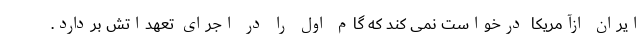
ایران ازآمریکا درخواست نمی کند که گام اول را در اجرای تعهداتش بردارد.